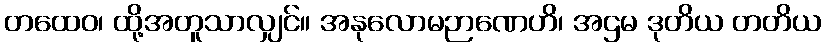
တထေဝ၊ ထို့အတူသာလျှင်။ အနုလောမဉာဏေဟိ၊ အဌမ ဒုတိယ တတိယ